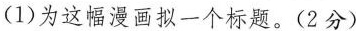
(1)为这幅漫画拟一个标题。(2分)